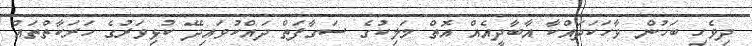
ދިވެހި ބަހުން ވާހަކަދައްކާ އާބާދީއެއް އޮތް މަލިކުގެ ސަގާފަތް ދައްކުވައިދޭ ކުޅިވަރުގެ ހަރަކާތްތައް